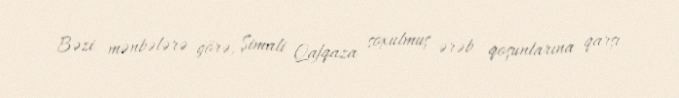
Bəzi mənbələrə görə, Şimali Qafqaza soxulmuş ərəb qoşunlarına qarşı